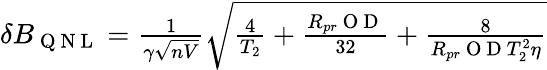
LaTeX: \begin{array}{r}{\delta B_{\mathrm{~Q~N~L~}}=\frac{1}{\gamma\sqrt{nV}}\sqrt{\frac{4}{T_{2}}+\frac{R_{pr}\mathrm{~O~D~}}{32}+\frac{8}{R_{pr}\mathrm{~O~D~}T_{2}^{2}\eta}}}\end{array}